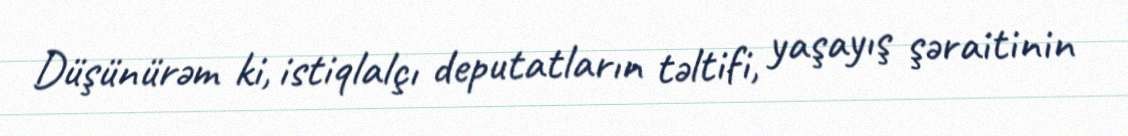
Düşünürəm ki, istiqlalçı deputatların təltifi, yaşayış şəraitinin